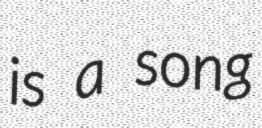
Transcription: is a song